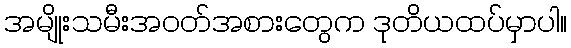
အမျိုးသမီးအဝတ်အစားတွေက ဒုတိယထပ်မှာပါ။